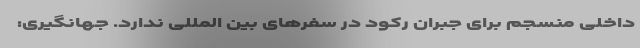
داخلی منسجم برای جبران رکود در سفرهای بین المللی ندارد. جهانگیری: